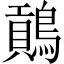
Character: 𪄌